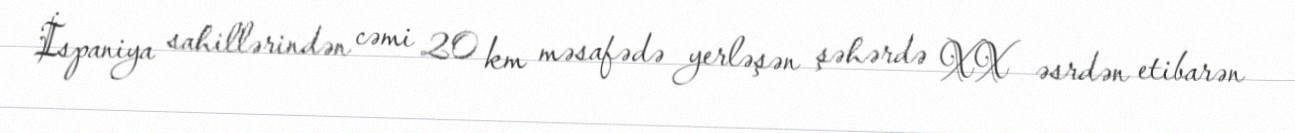
İspaniya sahillərindən cəmi 20 km məsafədə yerləşən şəhərdə XX əsrdən etibarən